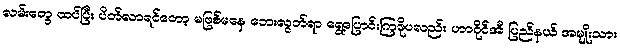
လမ်းတွေ ထပ်ပြီး ပိတ်လာရင်တော့ မဖြစ်မနေ ဘေးလွတ်ရာ ရွေ့ပြောင်းကြဖိုပလည်း ဟာဝိုင်အီ ပြည်နယ် အမျိုးသား